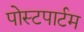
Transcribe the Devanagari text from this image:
पोस्‍टपार्टम